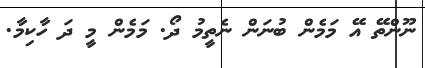
ނޫންތޭ އޭ މަމެން ބުނަން ނެތީމު ދޯ. މަމެން މީ ދަ ހާކިމާ.